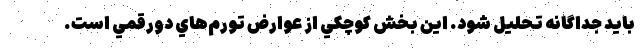
باید جداگانه تحلیل شود. اين بخش كوچكي از عوارض تورم‌هاي دورقمي است.